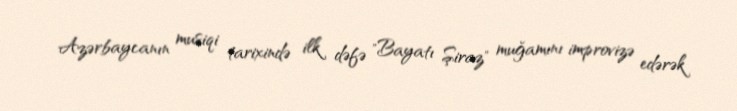
Azərbaycanın musiqi tarixində ilk dəfə "Bayatı Şiraz" muğamını improvizə edərək